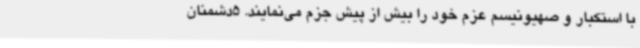
با استکبار و صهیونیسم عزم خود را بیش از پیش جزم می‌نمایند. 5دشمنان